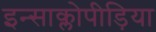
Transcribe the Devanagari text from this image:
इन्साक्लोपीड़िया